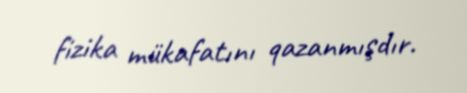
fizika mükafatını qazanmışdır.